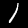
Digit: 1